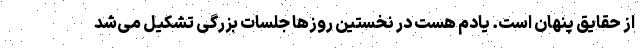
از حقایق پنهان است. یادم هست در نخستین روزها جلسات بزرگی تشکیل می‌شد